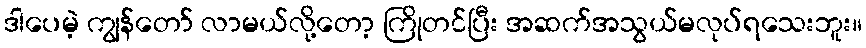
ဒါပေမဲ့ ကျွန်တော် လာမယ်လို့တော့ ကြိုတင်ပြီး အဆက်အသွယ်မလုပ်ရသေးဘူး။